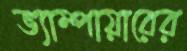
ভ্যাম্পায়ারের